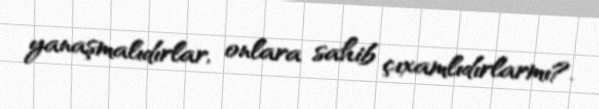
yanaşmalıdırlar, onlara sahib çıxamlıdırlarmı?.